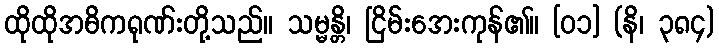
ထိုထိုအဓိကရုဏ်းတို့သည်။ သမ္မန္တိ၊ ငြိမ်းအေးကုန်၏။ [၀၁] (နိ၊ ၃၈၄)